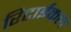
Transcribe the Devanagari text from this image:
रिटाईकल